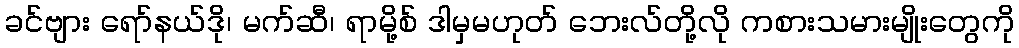
ခင်ဗျား ရော်နယ်ဒို၊ မက်ဆီ၊ ရာမို့စ် ဒါမှမဟုတ် ဘေးလ်တို့လို ကစားသမားမျိုးတွေကို